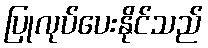
ပြုလုပ်ပေးနိုင်သည်